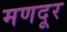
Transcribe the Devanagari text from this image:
मणदूर